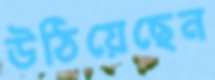
উঠিয়েছেন